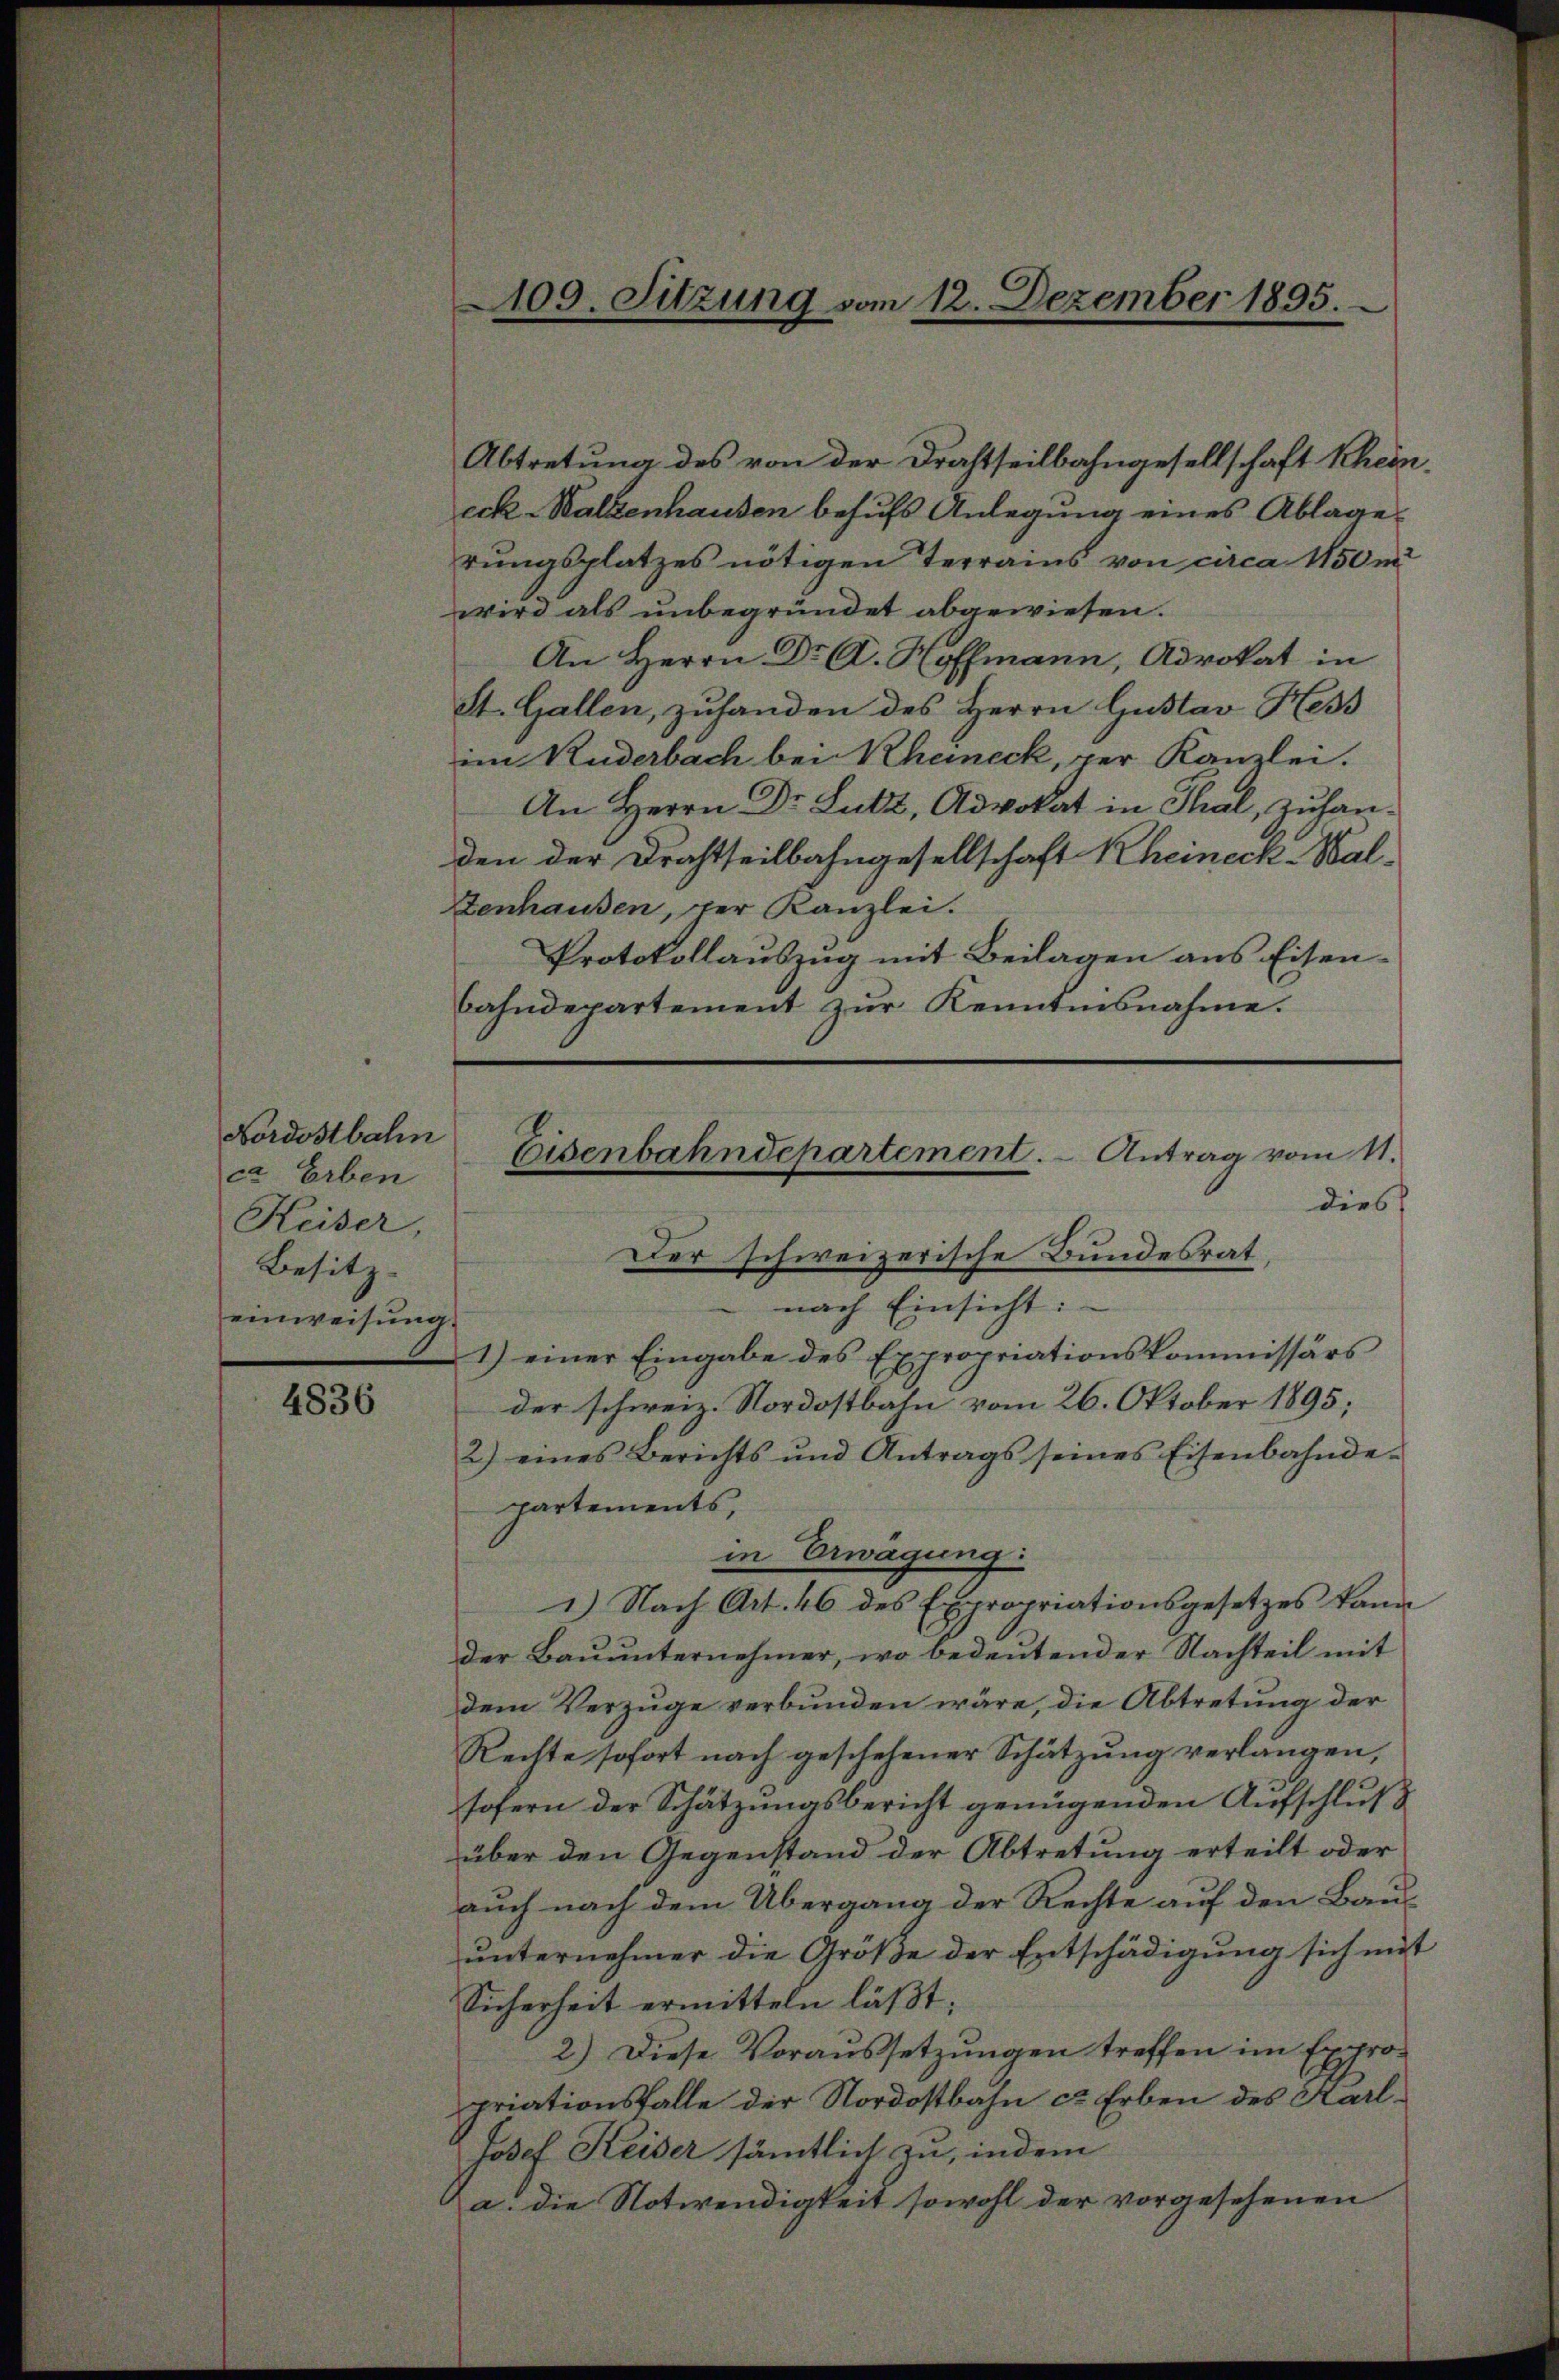
Nordostbahn
ct Erben
Keiser,
Besitz- |
einweisung.

4836

Abtretung des von der Drahtheilbahngesellschaft Rheineck. Walzenhausen behufs Anlegung eines Ablage
rungsplatzes nötigen Terrains von circa 1150m
wird als unbegründet abgewiesen.
An Herrn Dr A. Hoffmann, Advokat in
St. Gallen, zuhanden des Herrn Gustav Hess
in Kuderbach bei Rheineck, per Kanzlei.
An Herrn Dr. Lutz, Advokat in Thal, zu handen der Drahtheilbahngesellschaft Rheineck Wal-
Zenhausen, der Kanzlei.
Protokollauszug mit Beilagen aus Eisen-
bahndepartement zŭr Kenntnisnahme.
 nach Einsicht:
1) einer Eingabe des Expropriationskommissärs
der schweiz. Nordostbahn vom 26. Oktober 1895;
2) eines Berichts und Antrags seines Eisenbahnde-
partements,
in Erwägung:
1.) Nach Art. 46 des Expropriationsgesetzes kann
der Bauunternehmer, wo bedeutender Nachteil mit
dem Verzüge verbunden wäre, die Abtretung der
Rechte sofort nach geschehener Schätzung verlängen,
sofern der Schätzungsbericht genügenden Aufschluß
über den Gegenstand der Abtretung erteilt oder
auch nach dem Übergang der Rechte auf den Bau
unternehmer die Größe der Entschädigung sich mit
Sicherheit ermitteln läßt;
2.) Diese Voraussetzungen treffen im Expropriationsfalle der Nordostbahn ce Erben des Karl¬
Josef Keiser sämmtlich zu, indem
a. die Notwendigkeit sowohl der vorgesehenen

109. Sitzung vom 12. Dezember 1895.

E
Eisenbahndepartement. - Antrag vom 11.
dies
Der schweizerische Bundesrat,